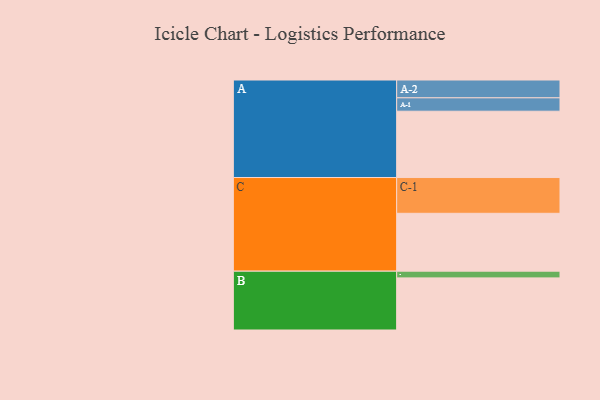
{"axis": {"x": "Segment", "y": "Value"}, "legend": ["", "A", "B", "C"], "data": [{"x": "A", "y": 495, "type": ""}, {"x": "B", "y": 389, "type": ""}, {"x": "C", "y": 432, "type": ""}, {"x": "A-1", "y": 100, "type": "A"}, {"x": "A-2", "y": 133, "type": "A"}, {"x": "B-1", "y": 50, "type": "B"}, {"x": "C-1", "y": 267, "type": "C"}]}